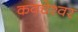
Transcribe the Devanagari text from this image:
कवचेश्वर